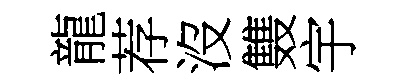
龍荐沒䨇宇